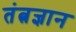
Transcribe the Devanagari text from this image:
तंत्नज्ञान